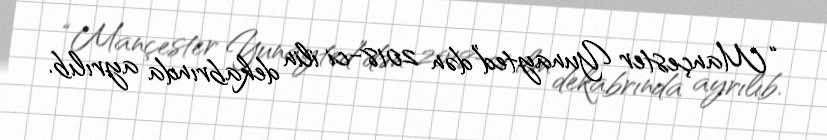
“Mançester Yunayted”dən 2018-ci ilin dekabrında ayrılıb.